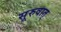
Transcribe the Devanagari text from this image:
सूरुवात्